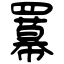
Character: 羃